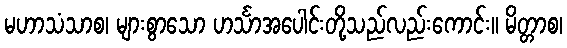
မဟာသံသာစ၊ များစွာသော ဟင်္သာအပေါင်းတို့သည်လည်းကောင်း။ မိတ္တာစ၊